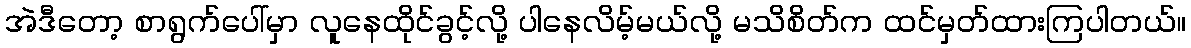
အဲဒီတော့ စာရွက်ပေါ်မှာ လူနေထိုင်ခွင့်လို့ ပါနေလိမ့်မယ်လို့ မသိစိတ်က ထင်မှတ်ထားကြပါတယ်။